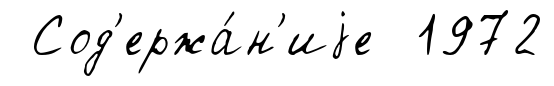
Сод'ержа́н'иjе 1972